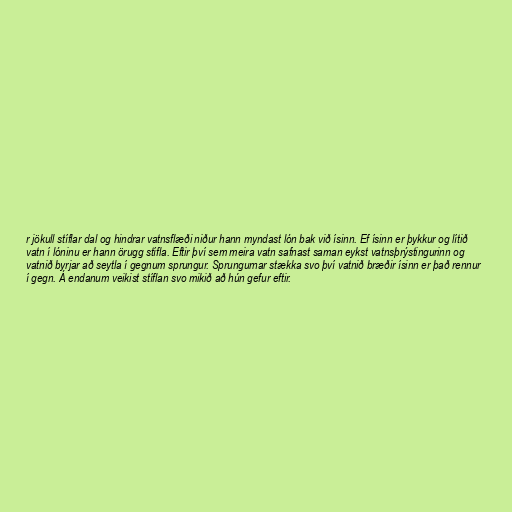
r jökull stíflar dal og hindrar vatnsflæði niður hann myndast lón bak við ísinn. Ef ísinn er þykkur og lítið
vatn í lóninu er hann örugg stífla. Eftir því sem meira vatn safnast saman eykst vatnsþrýstingurinn og
vatnið byrjar að seytla í gegnum sprungur. Sprungurnar stækka svo því vatnið bræðir ísinn er það rennur
í gegn. Á endanum veikist stíflan svo mikið að hún gefur eftir.